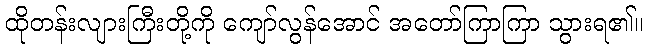
ထိုတန်းလျားကြီးတို့ကို ကျော်လွန်အောင် အတော်ကြာကြာ သွားရ၏။